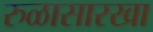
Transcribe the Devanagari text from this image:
रुळासारखा